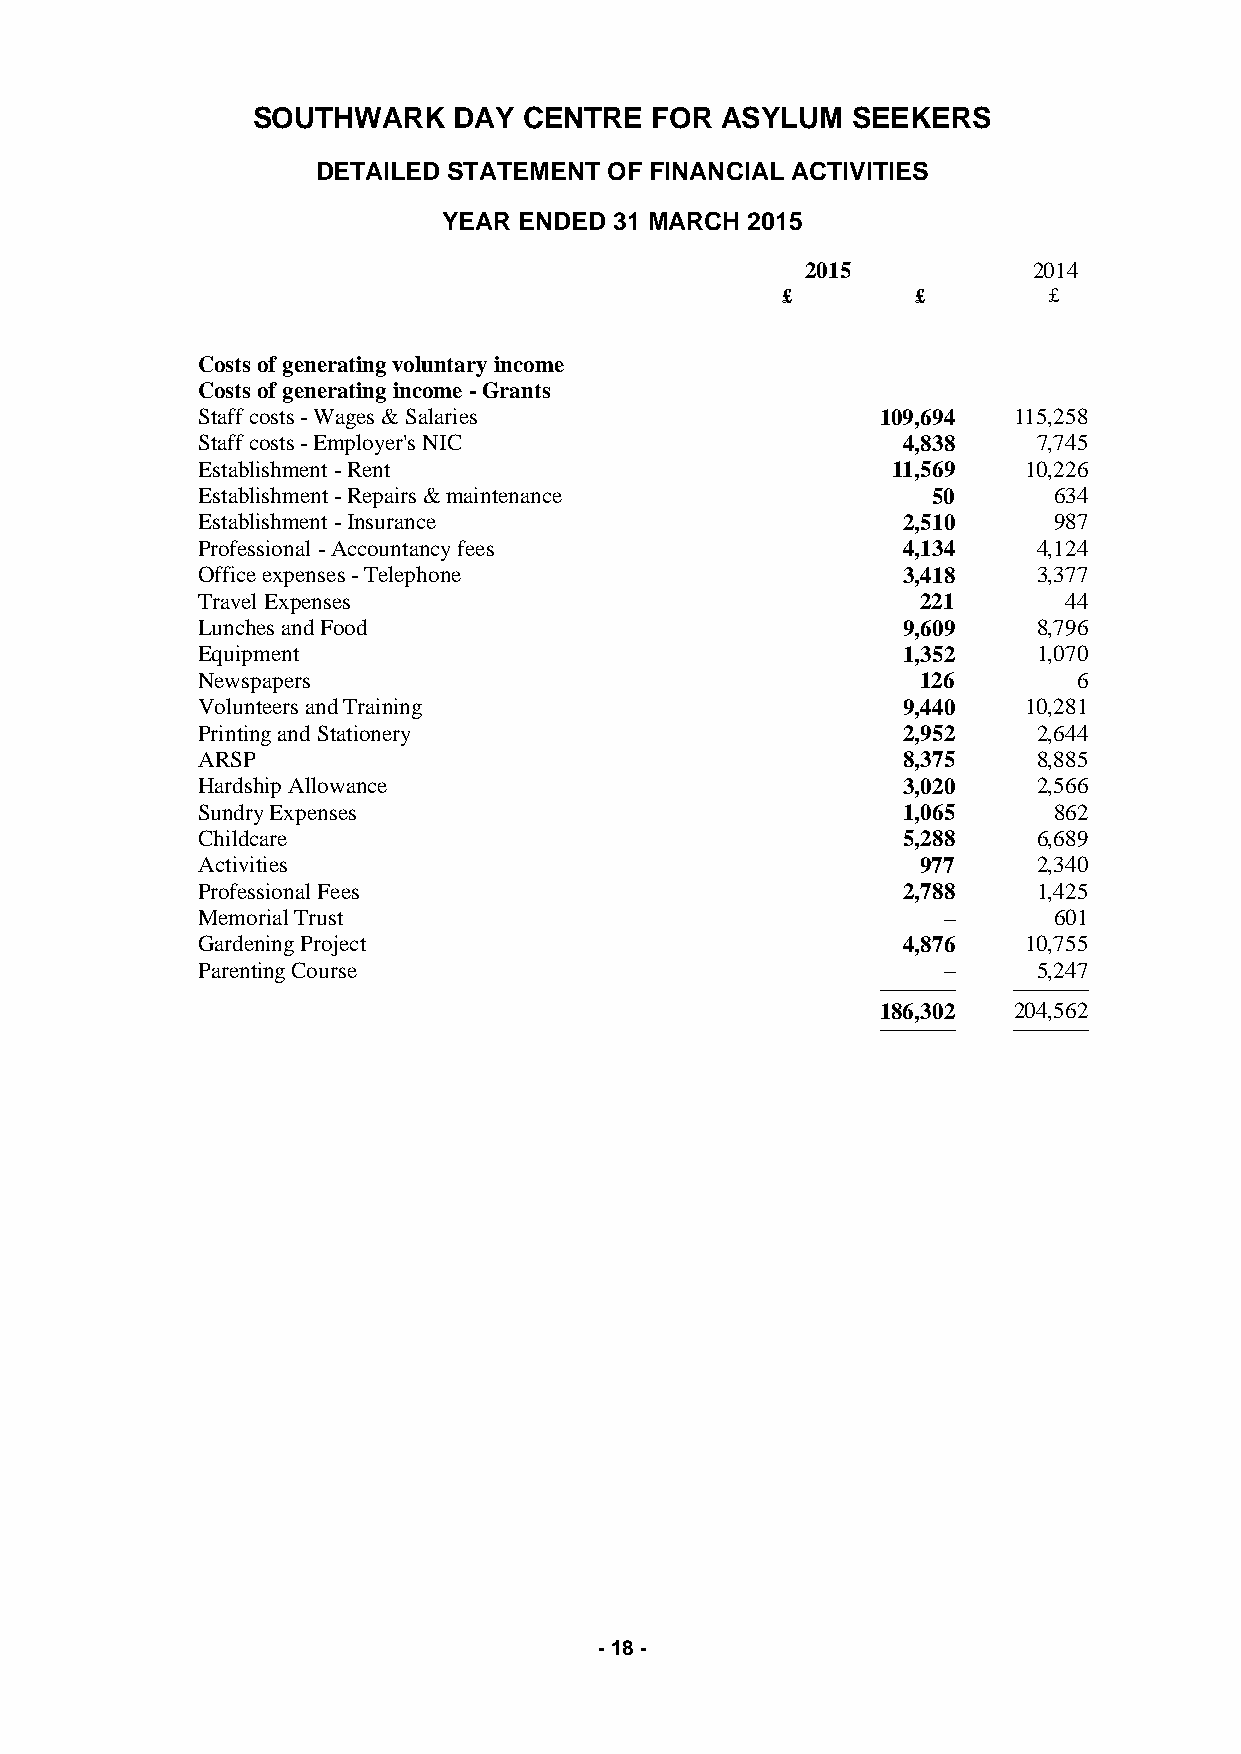
SOUTHWARK    DAY  CENTRE  FOR  ASYLUM  SEEKERS
 DETAILED STATEMENT OF FINANCIAL ACTIVITIES
 YEAR ENDED  31 MARCH 2015
 2015           2014
 £        £       £
 Costs of generating voluntary income
 Costs of generating income - Grants
 Staff costs - Wages & Salaries               109,694  115,258
 Staff costs - Employer's NIC                   4,838    7,745
 Establishment - Rent                          11,569   10,226
 Establishment - Repairs & maintenance            50      634
 Establishment - Insurance                      2,510     987
 Professional - Accountancy fees                4,134    4,124
 Office expenses - Telephone                    3,418    3,377
 Travel Expenses                                 221       44
 Lunches and Food                               9,609    8,796
 Equipment                                      1,352    1,070
 Newspapers                                      126       6
 Volunteers and Training                        9,440   10,281
 Printing and Stationery                        2,952    2,644
 ARSP                                           8,375    8,885
 Hardship Allowance                             3,020    2,566
 Sundry Expenses                                1,065     862
 Childcare                                      5,288    6,689
 Activities                                      977     2,340
 Professional Fees                              2,788    1,425
 Memorial Trust                                   –       601
 Gardening Project                              4,876   10,755
 Parenting Course                                 –      5,247
 ────────── ──────────
 186,302  204,562
 ────────── ──────────
 - 18 -